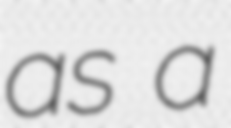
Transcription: as a